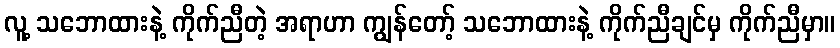
လူ့ သဘောထားနဲ့ ကိုက်ညီတဲ့ အရာဟာ ကျွန်တော့် သဘောထားနဲ့ ကိုက်ညီချင်မှ ကိုက်ညီမှာ။